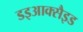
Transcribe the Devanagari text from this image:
डइआक्सैइड